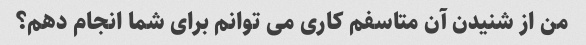
من از شنیدن آن متاسفم کاری می توانم برای شما انجام دهم؟